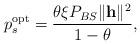
LaTeX: \begin{align*}p_{s}^{\textrm{opt}} = \frac{\theta \xi P_{BS} \|\mathbf{h}\|^{2}}{1-\theta},\end{align*}